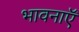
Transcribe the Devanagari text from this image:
भावनाएॅं